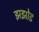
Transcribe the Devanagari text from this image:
झझोड